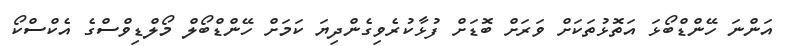
އަންނަ ހޭންޑްބޯޅަ އަތޮޅުތަކަށް ވަރަށް ބޮޑަށް ފުޅާކުރެވިގެންދިޔަ ކަމަށް ހޭންޑްބޯލް މޯލްޑިވްސްގެ އެކްސްކޯ